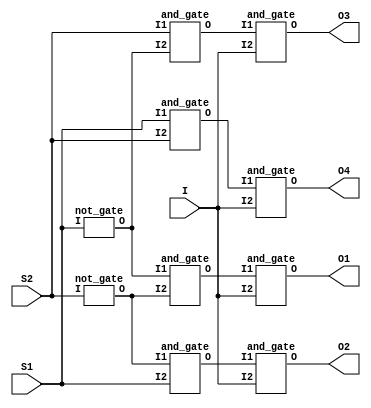

module demux_4(S1,S2,I,O1,O2,O3,O4);
	input S1,S2,I;
	output O1,O2,O3,O4;
	wire x,y,a,b,c,d;
	not_gate not1(S1,x);
	not_gate not2(S2,y);
	and_gate and1(x,y,a);
	and_gate and2(y,S1,b);
	and_gate and3(S2,x,c);
	and_gate and4(S1,S2,d);
	and_gate and5(a,I,O1);
	and_gate and6(b,I,O2);
	and_gate and7(c,I,O3);
	and_gate and8(d,I,O4);
endmodule
module and_gate(I1,I2,O);
	input I1,I2;
	output O;
        wire W;
	nand(W,I1,I2);
        nand(O,W,W);
endmodule

module or_gate(I1,I2,O);
	input I1,I2;
	output O;
        wire W1,W2;
	nand(W1,I1,I1);
        nand(W2,I2,I2);
        nand(W2,I2,I2);
	nand(O,W1,W2);
endmodule

module not_gate(I,O);
	input I;
	output O;
	nand(O,I,I);
endmodule